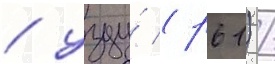
/ узду́ (р61) /